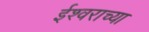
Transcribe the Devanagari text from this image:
ईश्‍वराच्या